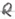
Text: R